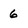
Character: 6